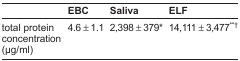
<table><thead><tr><td></td><td><b>EBC</b></td><td><b>Saliva</b></td><td><b>ELF</b></td></tr></thead><tbody><tr><td>total protein concentration (μg/ml)</td><td>4.6 ± 1.1</td><td>2,398 ± 379*</td><td>14,111 ± 3,477<sup>**†</sup></td></tr></tbody></table>